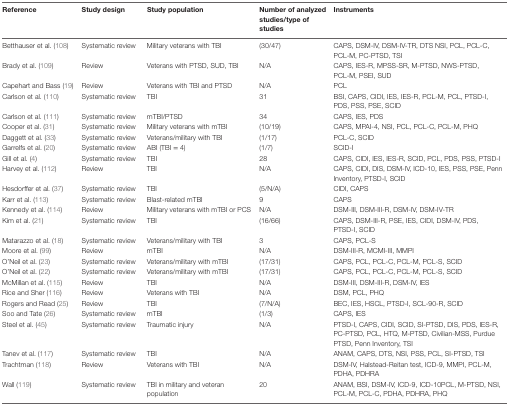
<table><thead><tr><td><b>Reference</b></td><td><b>Study design</b></td><td><b>Study population</b></td><td><b>Number of analyzed studies/type of studies</b></td><td><b>Instruments</b></td></tr></thead><tbody><tr><td>Betthauser et al. (108)</td><td>Systematic review</td><td>Military veterans with TBI</td><td>(30/47)</td><td>CAPS, DSM-IV, DSM-IV-TR, DTS NSI, PCL, PCL-C, PCL-M, PC-PTSD, TSI</td></tr><tr><td>Brady et al. (109)</td><td>Review</td><td>Veterans with PTSD, SUD, TBI</td><td>N/A</td><td>CAPS, IES-R, MPSS-SR, M-PTSD, NWS-PTSD,  PCL-M, PSEI, SUD</td></tr><tr><td>Capehart and Bass (19)</td><td>Review</td><td>Veterans with TBI and PTSD</td><td>N/A</td><td>PCL</td></tr><tr><td>Carlson et al. (110)</td><td>Systematic review</td><td>TBI</td><td>31</td><td>BSI, CAPS, CIDI, IES, IES-R, PCL-M, PCL, PTSD-I,  PDS, PSS, PSE, SCID</td></tr><tr><td>Carlson et al. (111)</td><td>Systematic review</td><td>mTBI/PTSD</td><td>34</td><td>CAPS, IES, PDS</td></tr><tr><td>Cooper et al. (31)</td><td>Systematic review</td><td>Military veterans with mTBI</td><td>(10/19)</td><td>CAPS, MPAI-4, NSI, PCL, PCL-C, PCL-M, PHQ</td></tr><tr><td>Daggett et al. (33)</td><td>Systematic review</td><td>Veterans/military with TBI</td><td>(1/17)</td><td>PCL-C, SCID</td></tr><tr><td>Garrelfs et al. (20)</td><td>Systematic review</td><td>ABI (TBI = 4)</td><td>(1/7)</td><td>SCID-I</td></tr><tr><td>Gill et al. (4)</td><td>Systematic review</td><td>TBI</td><td>28</td><td>CAPS, CIDI, IES, IES-R, SCID, PCL, PDS, PSS, PTSD-I</td></tr><tr><td>Harvey et al. (112)</td><td>Review</td><td>TBI</td><td>N/A</td><td>CAPS, CIDI, DIS, DSM-IV, ICD-10, IES, PSS, PSE, Penn Inventory, PTSD-I, SCID</td></tr><tr><td>Hesdorffer et al. (37)</td><td>Systematic review</td><td>TBI</td><td>(5/N/A)</td><td>CIDI, CAPS</td></tr><tr><td>Karr et al. (113)</td><td>Systematic review</td><td>Blast-related mTBI</td><td>9</td><td>CAPS</td></tr><tr><td>Kennedy et al. (114)</td><td>Review</td><td>Military veterans with mTBI or PCS</td><td>N/A</td><td>DSM-III, DSM-III-R, DSM-IV, DSM-IV-TR</td></tr><tr><td>Kim et al. (21)</td><td>Systematic review</td><td>TBI</td><td>(16/66)</td><td>CAPS, DSM-III-R, PSE, IES, CIDI, DSM-IV, PDS,  PTSD-I, SCID</td></tr><tr><td>Matarazzo et al. (18)</td><td>Systematic review</td><td>Veterans/military with TBI</td><td>3</td><td>CAPS, PCL-S</td></tr><tr><td>Moore et al. (99)</td><td>Review</td><td>mTBI</td><td>N/A</td><td>DSM-III-R, MCMI-III, MMPI</td></tr><tr><td>O’Neil et al. (23)</td><td>Systematic review</td><td>Veterans/military with mTBI</td><td>(17/31)</td><td>CAPS, PCL, PCL-C, PCL-M, PCL-S, SCID</td></tr><tr><td>O’Neil et al. (22)</td><td>Systematic review</td><td>Veterans/military with mTBI</td><td>(17/31)</td><td>CAPS, PCL, PCL-C, PCL-M, PCL-S, SCID</td></tr><tr><td>McMillan et al. (115)</td><td>Review</td><td>TBI</td><td>N/A</td><td>DSM-III, DSM-III-R, DSM-IV, IES</td></tr><tr><td>Rice and Sher (116)</td><td>Review</td><td>Veterans with TBI</td><td>N/A</td><td>DSM, PCL, PHQ</td></tr><tr><td>Rogers and Read (25)</td><td>Review</td><td>TBI</td><td>(7/N/A)</td><td>BEC, IES, HSCL, PTSD-I, SCL-90-R, SCID</td></tr><tr><td>Soo and Tate (26)</td><td>Systematic review</td><td>mTBI</td><td>(1/3)</td><td>CAPS, IES</td></tr><tr><td>Steel et al. (45)</td><td>Systematic review</td><td>Traumatic injury</td><td>N/A</td><td>PTSD-I, CAPS, CIDI, SCID, SI-PTSD, DIS, PDS, IES-R, PC-PTSD, PCL, HTQ, M-PTSD, Civilian-MSS, Purdue PTSD, Penn Inventory, TSI</td></tr><tr><td>Tanev et al. (117)</td><td>Systematic review</td><td>TBI</td><td>N/A</td><td>ANAM, CAPS, DTS, NSI, PSS, PCL, SI-PTSD, TSI</td></tr><tr><td>Trachtman (118)</td><td>Review</td><td>Veterans with TBI</td><td>N/A</td><td>DSM-IV, Halstead-Reitan test, ICD-9, MMPI, PCL-M, PDHA, PDHRA</td></tr><tr><td>Wall (119)</td><td>Systematic review</td><td>TBI in military and veteran population</td><td>20</td><td>ANAM, BSI, DSM-IV, ICD-9, ICD-10PCL, M-PTSD, NSI, PCL-M, PCL-C, PDHA, PDHRA, PHQ</td></tr></tbody></table>